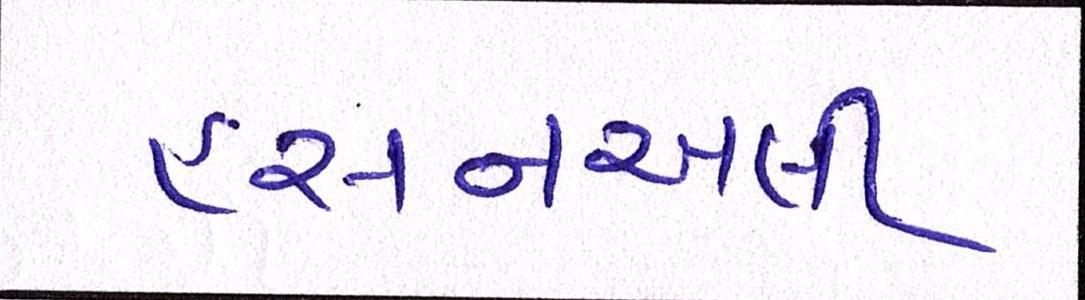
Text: હસનઅલી